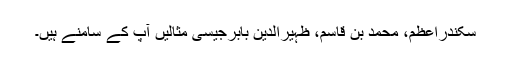
سکندراعظم، محمد بن قاسم، ظہیرالدین بابرجیسی مثالیں آپ کے سامنے ہیں۔